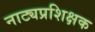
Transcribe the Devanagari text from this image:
नाट्यप्रशिक्षक